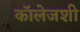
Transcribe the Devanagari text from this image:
कॉलेजशी